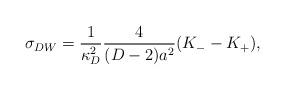
LaTeX: \begin{align*}\sigma_{DW}={1\over{\kappa^2_D}}{4\over{(D-2)a^2}}(K_--K_+),\end{align*}